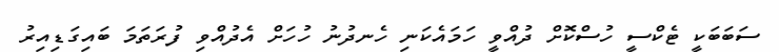
ސަބަބަކީ ޓެކްސީ ހުސްކޮށް ދުއްވީ ހަމައެކަނި ހެނދުނު ހުހަށް އެދުއްވި ފުރަތަމަ ބައިގަޑިއިރު